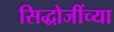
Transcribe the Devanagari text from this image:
सिद्धोजींच्या